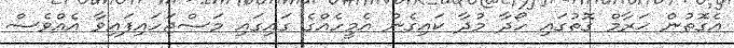
އެގޮތުން ޙަރާމް ގޮތުގައި ހޯދާ މުދާ ކައިގެން އެމީހެއްގެ ގައިގައި މަސްޖަހައިފައިވާ އެއްވެސް